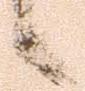
候